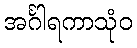
အင်္ဂါရကာသုံဝ